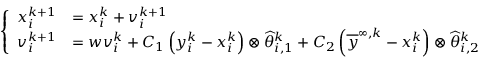
\left\{ \begin{array} { l l } { x _ { i } ^ { k + 1 } } & { = x _ { i } ^ { k } + v _ { i } ^ { k + 1 } } \\ { v _ { i } ^ { k + 1 } } & { = w v _ { i } ^ { k } + C _ { 1 } \left( y _ { i } ^ { k } - x _ { i } ^ { k } \right) \otimes \widehat \theta _ { i , 1 } ^ { k } + C _ { 2 } \left( \overline { y } ^ { \infty , k } - x _ { i } ^ { k } \right) \otimes \widehat \theta _ { i , 2 } ^ { k } } \end{array} \right.